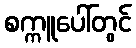
စက္ကူပေါ်တွင်